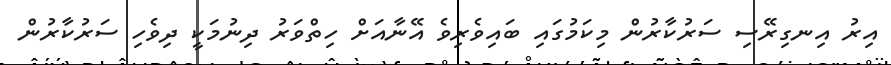
އިރު އިނގިރޭސި ސަރުކާރުން މިކަމުގައި ބައިވެރިވެ އޭނާއަށް ހިތްވަރު ދިނުމަކީ ދިވެހި ސަރުކާރުން